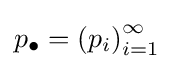
p_{\bullet }=\left(p_{i}\right)_{i=1}^{\infty }